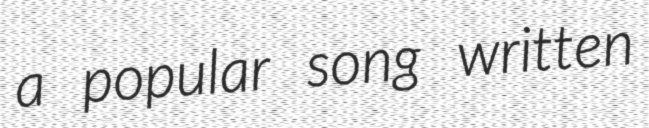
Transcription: a popular song written